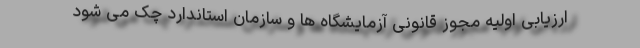
ارزیابی اولیه مجوز قانونی آزمایشگاه ها و سازمان استاندارد چک می شود